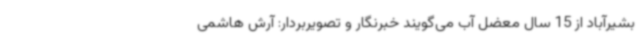
بشیرآباد از 15 سال معضل آب می‌گویند خبرنگار و تصویربردار: آرش هاشمی